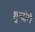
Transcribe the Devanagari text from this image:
शुन्दोरी